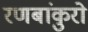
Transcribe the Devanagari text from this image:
रणबांकुरो